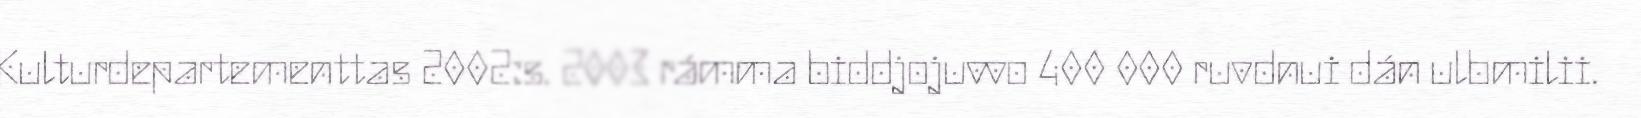
Kulturdepartementtas 2002:s. 2003 rámma biddjojuvvo 400 000 ruvdnui dán ulbmilii.